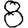
Digit: 8